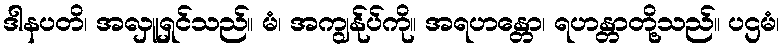
ဒါနပတိ၊ အလှူရှင်သည်။ မံ၊ အကျွန်ုပ်ကို။ အရဟန္တော၊ ရဟန္တာတို့သည်။ ပဌမံ၊